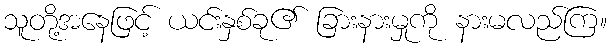
သူတို့အနေဖြင့် ယင်းနှစ်ခု၏ ခြားနားမှုကို နားမလည်ကြ။